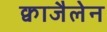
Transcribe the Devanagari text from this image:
क्वाजैलेन